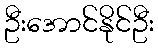
ဦးအောင်နိုင်ဦး